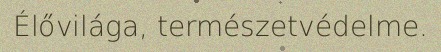
Élővilága, természetvédelme.